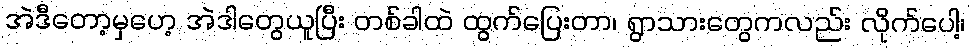
အဲဒီတော့မှဟေ့ အဲဒါတွေယူပြီး တစ်ခါထဲ ထွက်ပြေးတာ၊ ရွာသားတွေကလည်း လိုက်ပေါ့၊